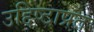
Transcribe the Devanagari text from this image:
उद्दिष्टाप्रत